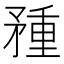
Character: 𥍽